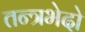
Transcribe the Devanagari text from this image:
तन्त्रभेदो